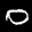
Label: 0